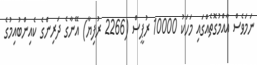
ނަމަވެސް އާއްމުގޮތެއްގައި މަހަކު 10000 ރުޕީސް (2266 ރުފިޔާ) އޭނާގެ ދަރިންގެ ކެއިންބުއިމުގެ